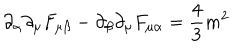
\partial _ { \alpha } \partial _ { \mu } F _ { \mu \beta } - \partial _ { \beta } \partial _ { \mu } F _ { \mu \alpha } = { \frac { 4 } { 3 } } m ^ { 2 }